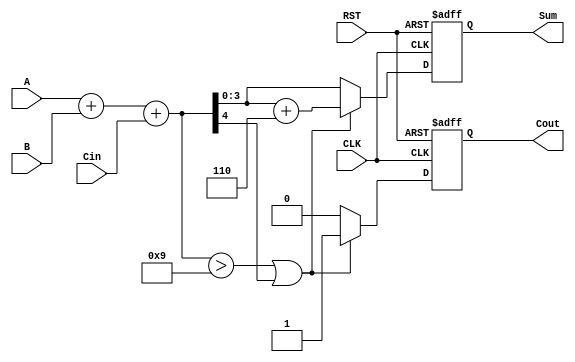
module BCD_Synchronous_Adder (
    input wire [3:0] A,        // 4-bit BCD input A
    input wire [3:0] B,        // 4-bit BCD input B
    input wire Cin,            // Carry input
    input wire CLK,            // Clock signal
    input wire RST,            // Reset signal
    output reg [3:0] Sum,      // 4-bit BCD output Sum
    output reg Cout            // Carry output
);

// Internal signals
wire [4:0] binary_sum;       // 5-bit to accommodate possible carry out
wire correction_needed;       // Flag for correction

// Calculate binary sum
assign binary_sum = A + B + Cin;

// Determine if correction is needed
assign correction_needed = (binary_sum > 4'd9) || (binary_sum[4]); // Check if sum > 9 or carry out

always @(posedge CLK or posedge RST) begin
    if (RST) begin
        Sum <= 4'b0000;         // Reset Sum to 0
        Cout <= 1'b0;          // Reset carry out to 0
    end else begin
        if (correction_needed) begin
            Sum <= binary_sum[3:0] + 4'd6; // Apply correction by adding 6
            Cout <= 1'b1;                 // Set carry out
        end else begin
            Sum <= binary_sum[3:0];        // No correction needed
            Cout <= 1'b0;                  // Clear carry out
        end
    end
end

endmodule